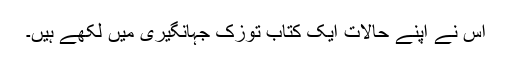
اس نے اپنے حالات ایک کتاب توزک جہانگیری میں لکھے ہیں۔